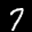
Label: 7